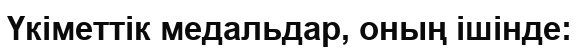
Үкіметтік медальдар, оның ішінде: